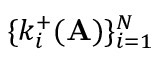
\{ k _ { i } ^ { + } ( \mathbf { A } ) \} _ { i = 1 } ^ { N }